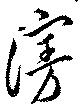
漫